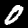
Digit: 0